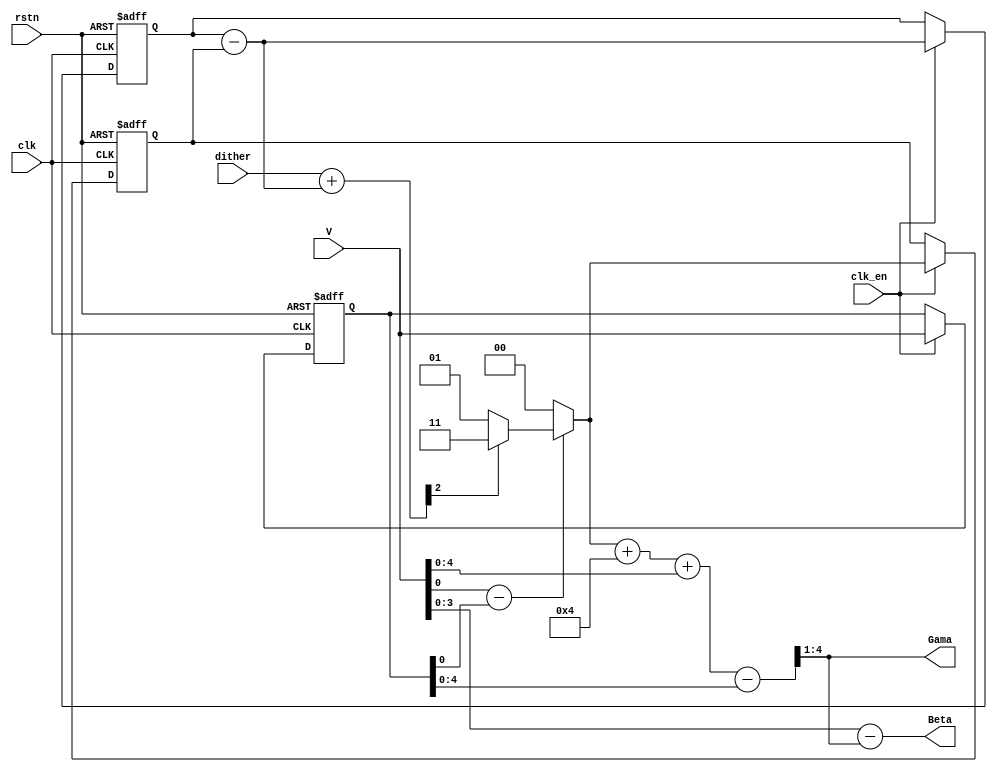
//########################################
// 18-inputs Decouple Sequence Generator
// 1st-order Loop
// Version 1.6
//########################################

module Decp_Gen18(clk, clk_en, rstn, dither, V, Gama, Beta);

//-----------------------------------
// clk: input clock
// rstn: rest signal, 0 enable rest
// dither: Input dither sequence
// V: Input selected element number
// Gama: Input selected zeros number
// Beta: Input selected ones number
//-----------------------------------

input clk, clk_en, rstn;
input signed [1:0] dither;
input signed [5:0] V; //V<=16
output [3:0] Gama;
output [3:0] Beta;

wire signed [1:0] LO;
wire signed [1:0] LF;
wire signed [2:0] LD;
wire signed [1:0] LQ;
wire signed [5:0] Vdiff;
wire Sel;
wire signed [3:0] K;
wire signed [5:0] KA;
wire signed [3:0] L=4'b0100;
reg  signed [1:0] LFD;
reg  signed [1:0] LOD;
reg  signed [5:0] VD; // V Delay

// Delay
always @(posedge clk or negedge rstn)begin
	if(rstn==0)begin
		VD <=6'b0;
		LFD<=2'b0;
		LOD<=2'b0;
//		Gama=0;
		//Beta=0;
	end
	else if(clk_en)begin
		VD <=V;
		LFD<=LF;
		LOD<=LO;
//		Beta=V[4:0] - {1'b0,Gama};
//		Gama=KA[4:1];
	end
	else begin
		VD <=VD;
		LFD<=LFD;
		LOD<=LOD;
	end
end

// Sel Node
assign Vdiff=V-VD;
assign Sel=Vdiff[0]^L[0];

// LO Node
assign LO=Sel ? LQ:0;

// LF Node
assign LF=LFD-LOD;

// LD Node
assign LD=dither+LF;

// LQ Node
assign LQ=LD[2] ? 2'b11:2'b01;

// K Node
assign K=LO+L;

// KA Node
assign KA=K+V-VD;

// Output
assign Gama = KA[4:1];
assign Beta = V[4:0] - {1'b0,Gama};

endmodule